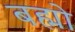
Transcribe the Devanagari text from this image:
बह्मो